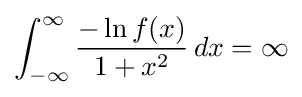
\int _{-\infty }^{\infty }{\frac {-\ln f(x)}{1+x^{2}}}\,dx=\infty